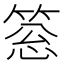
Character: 𥮨